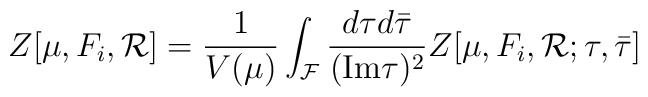
Z[\mu,F_i,{\cal R}]=\frac{1}{V(\mu)} \int_{\cal F}\frac{ d\tau d{\bar\tau} }{ ({\rm Im}\tau)^2 }Z[\mu,F_i,{\cal R};\tau,{\bar\tau}]